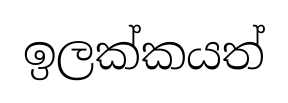
ඉලක්කයත්